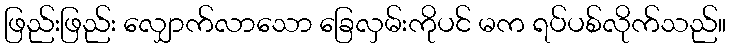
ဖြည်းဖြည်း လျှောက်လာသော ခြေလှမ်းကိုပင် မက ရပ်ပစ်လိုက်သည်။